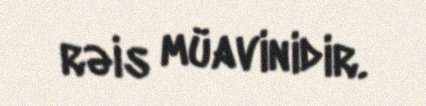
rəis müavinidir.